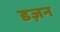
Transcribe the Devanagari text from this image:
डज़न